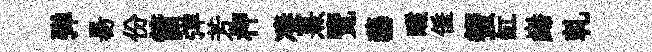
弹昜份箭弹芳柙凄熹覽藝釅倕蠁缸巋乹